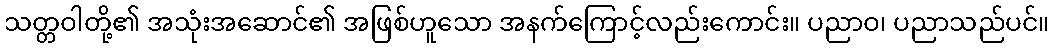
သတ္တဝါတို့၏ အသုံးအဆောင်၏ အဖြစ်ဟူသော အနက်ကြောင့်လည်းကောင်း။ ပညာဝ၊ ပညာသည်ပင်။